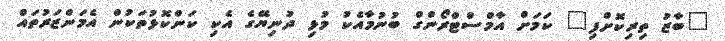
"ބާޒު ތިރިކޮށްފި" ކަމަށް އާމްސްޓްރޯންގް ބުނުމާއެކު މުޅި ދުނިޔޭގެ އެކި ކަންކޮޅުތަކުން އެމަންޒަރުތައް